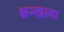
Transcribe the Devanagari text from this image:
श्रन्खला